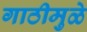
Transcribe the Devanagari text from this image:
गाठीमुळे